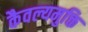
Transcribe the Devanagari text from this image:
कैवल्यमुक्ति